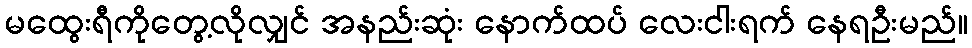
မထွေးရီကိုတွေ့လိုလျှင် အနည်းဆုံး နောက်ထပ် လေးငါးရက် နေရဦးမည်။